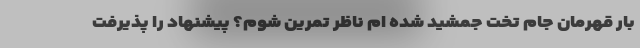
بار قهرمان جام تخت جمشید شده ‌ام ناظر تمرین شوم؟ پیشنهاد را پذیرفت